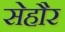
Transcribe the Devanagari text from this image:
सेहौर